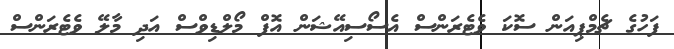
ފަހުގެ ޗެމްޕިއަން ސޮކަ ވެޓެރަންސް އެސޯސިއޭޝަން އޮފް މޯލްޑިވްސް އަދި މާލޭ ވެޓެރަންސް